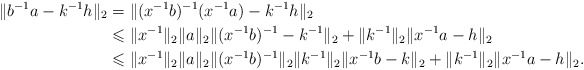
\begin{align*}\|b^{-1}a-k^{-1}h\|_2&=\|(x^{-1}b)^{-1}(x^{-1}a)-k^{-1}h\|_2\\&\leqslant\|x^{-1}\|_2\|a\|_2\|(x^{-1}b)^{-1}-k^{-1}\|_2+\|k^{-1}\|_2\|x^{-1}a-h\|_2\\&\leqslant \|x^{-1}\|_2\|a\|_2\|(x^{-1}b)^{-1}\|_2\|k^{-1}\|_2\|x^{-1}b-k\|_2+\|k^{-1}\|_2\|x^{-1}a-h\|_2.\end{align*}